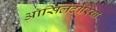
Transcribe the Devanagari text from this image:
ऑसिलेटोरिया